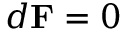
d \mathbf { F } = 0